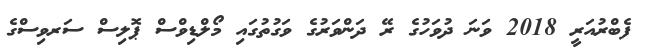
ފެބްރުއަރީ 2018 ވަނަ ދުވަހުގެ ރޭ ދަންވަރުގެ ވަގުތުގައި މޯލްޑިވްސް ޕޮލިސް ސަރވިސްގެ